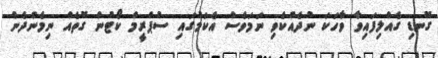
ގޮނޑި ގެއްލިފައިވާ ވާހަކަ ނުދެއްކެވި ނަމަވެސް އެކަމުގައި ސުޕްރީމް ކޯޓުން ގޮތެއް ނިމެންދެން